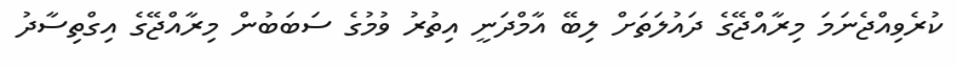
ކުރެވިއްޖެނަމަ މިރާއްޖޭގެ ދައުލަތަށް ލިބޭ އާމްދަނީ އިތުރު ވުމުގެ ސަބަބުން މިރާއްޖޭގެ އިގްތިސާދު